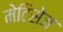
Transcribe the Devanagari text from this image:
मेटिसेज